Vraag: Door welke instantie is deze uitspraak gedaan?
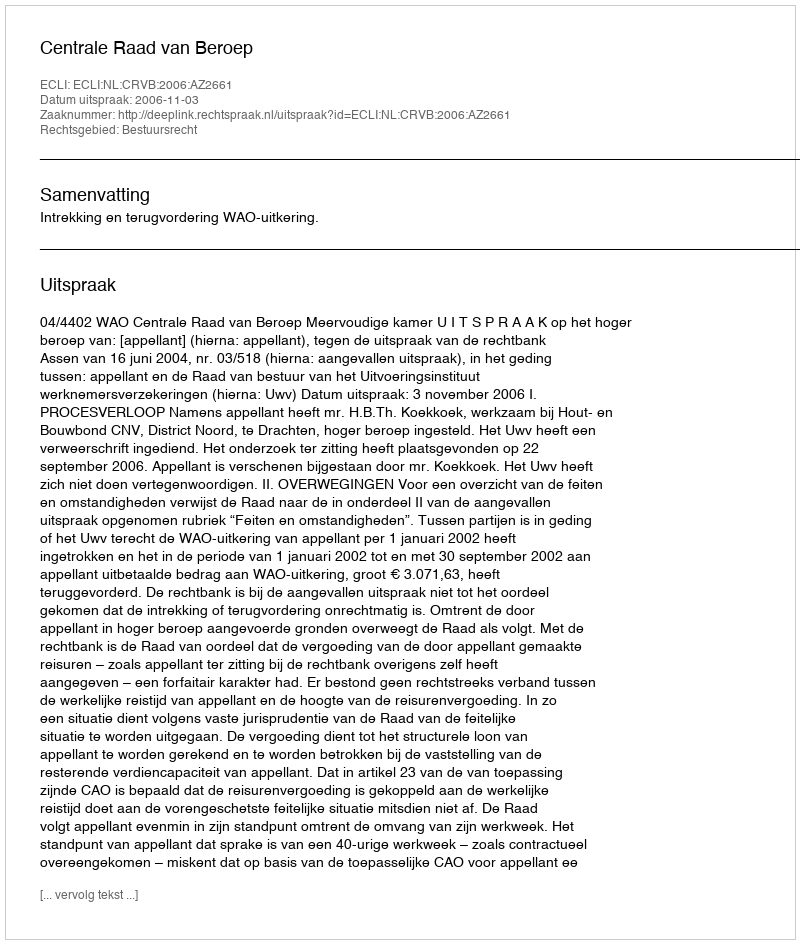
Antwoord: Centrale Raad van Beroep